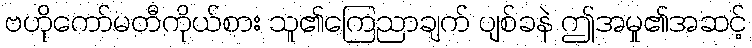
ဗဟိုကော်မတီကိုယ်စား သူ၏ကြေညာချက် ပျစ်ခနဲ ဤအမှု၏အဆင့်